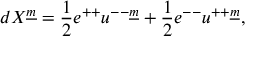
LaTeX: d X ^ { \underline { { { m } } } } = { \frac { 1 } { 2 } } e ^ { + + } u ^ { -- \underline { { { m } } } } + { \frac { 1 } { 2 } } e ^ { -- } u ^ { + + \underline { { { m } } } } ,